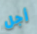
أجل